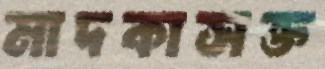
মাদকাসক্ত